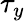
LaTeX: \tau_{y}